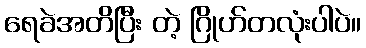
ရေခဲအတိပြီး တဲ့ ဂြိုဟ်တလုံးပါပဲ။